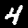
Label: 4